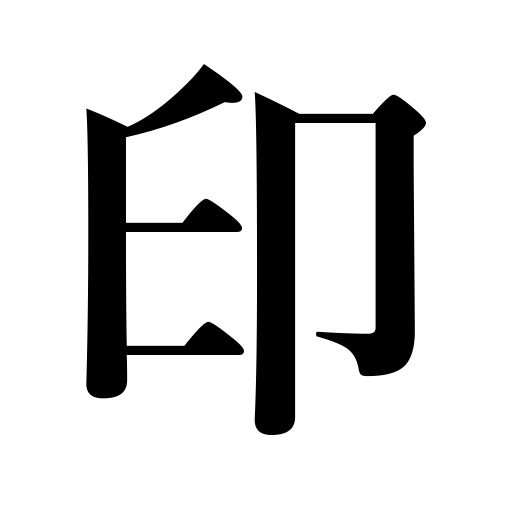
Meanings: stamp,badge,emblem,souvenir,indications,sign,symbol,seal,signs,trademark,brand,token,evidence,omen,mark